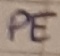
Text: pe